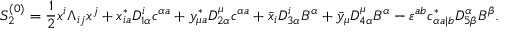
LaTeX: S _ { 2 } ^ { ( 0 ) } = { \frac { 1 } { 2 } } x ^ { i } \Lambda _ { i j } x ^ { j } + x _ { i a } ^ { * } D _ { 1 \alpha } ^ { i } c ^ { \alpha a } + y _ { \mu a } ^ { * } D _ { 2 \alpha } ^ { \mu } c ^ { \alpha a } + \bar { x } _ { i } D _ { 3 \alpha } ^ { i } B ^ { \alpha } + \bar { y } _ { \mu } D _ { 4 \alpha } ^ { \mu } B ^ { \alpha } - \varepsilon ^ { a b } c _ { \alpha a | b } ^ { * } D _ { 5 \beta } ^ { \alpha } B ^ { \beta } .